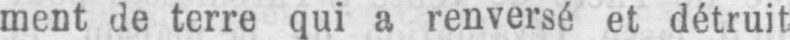
ment de terre qui a renversé et détruit